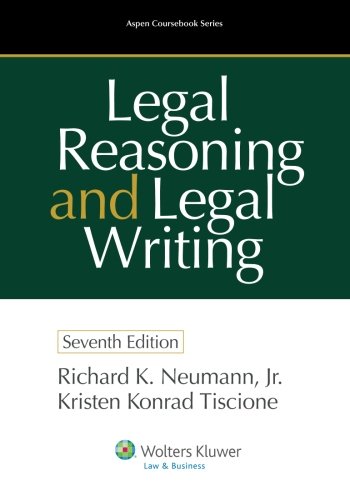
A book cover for Legal Reasoning and Legal Writing: Structure, Strategy, and Style, Seventh Edition (Aspen Coursebook); Richard K. Neumann Jr.; Law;